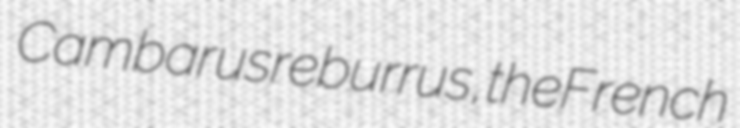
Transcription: Cambarus reburrus, the French